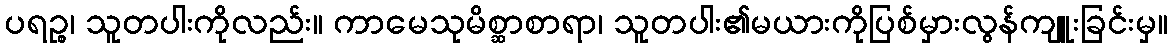
ပရဉ္စ၊ သူတပါးကိုလည်း။ ကာမေသုမိစ္ဆာစာရာ၊ သူတပါး၏မယားကိုပြစ်မှားလွန်ကျူးခြင်းမှ။